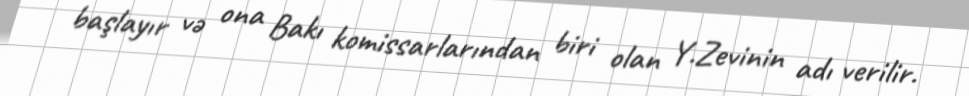
başlayır və ona Bakı komissarlarından biri olan Y.Zevinin adı verilir.